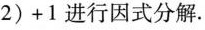
2)+1进行因式分解.